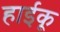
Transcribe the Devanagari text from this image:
हाईकू